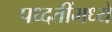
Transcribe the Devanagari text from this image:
पध्दतींमध्ये